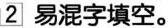
2 易混字填空。